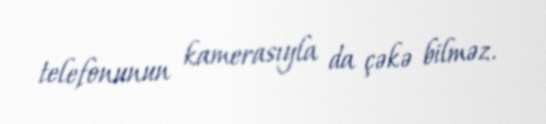
telefonunun kamerasıyla da çəkə bilməz.